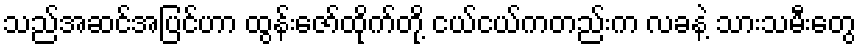
သည်အဆင်အပြင်ဟာ ထွန်းဇော်ထိုက်တို့ ငယ်ငယ်ကတည်းက လခနဲ့ သားသမီးတွေ